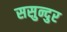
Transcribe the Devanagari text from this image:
ससुन्दुर